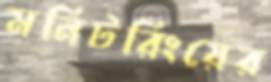
মনিটরিংয়ের